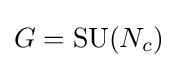
G=\mathrm {SU} (N_{c})